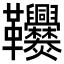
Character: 𩎑